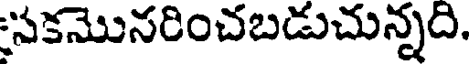
సకమొనరించబడుచున్నది.